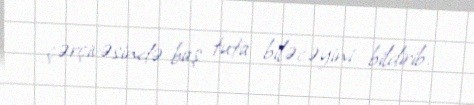
çərçivəsində baş tuta biləcəyini bildirib.